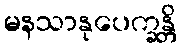
မနသာနုပေက္ခန္တိ